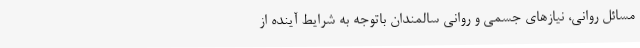
مسائل روانی، نیازهای جسمی و روانی سالمندان باتوجه به شرایط آینده از